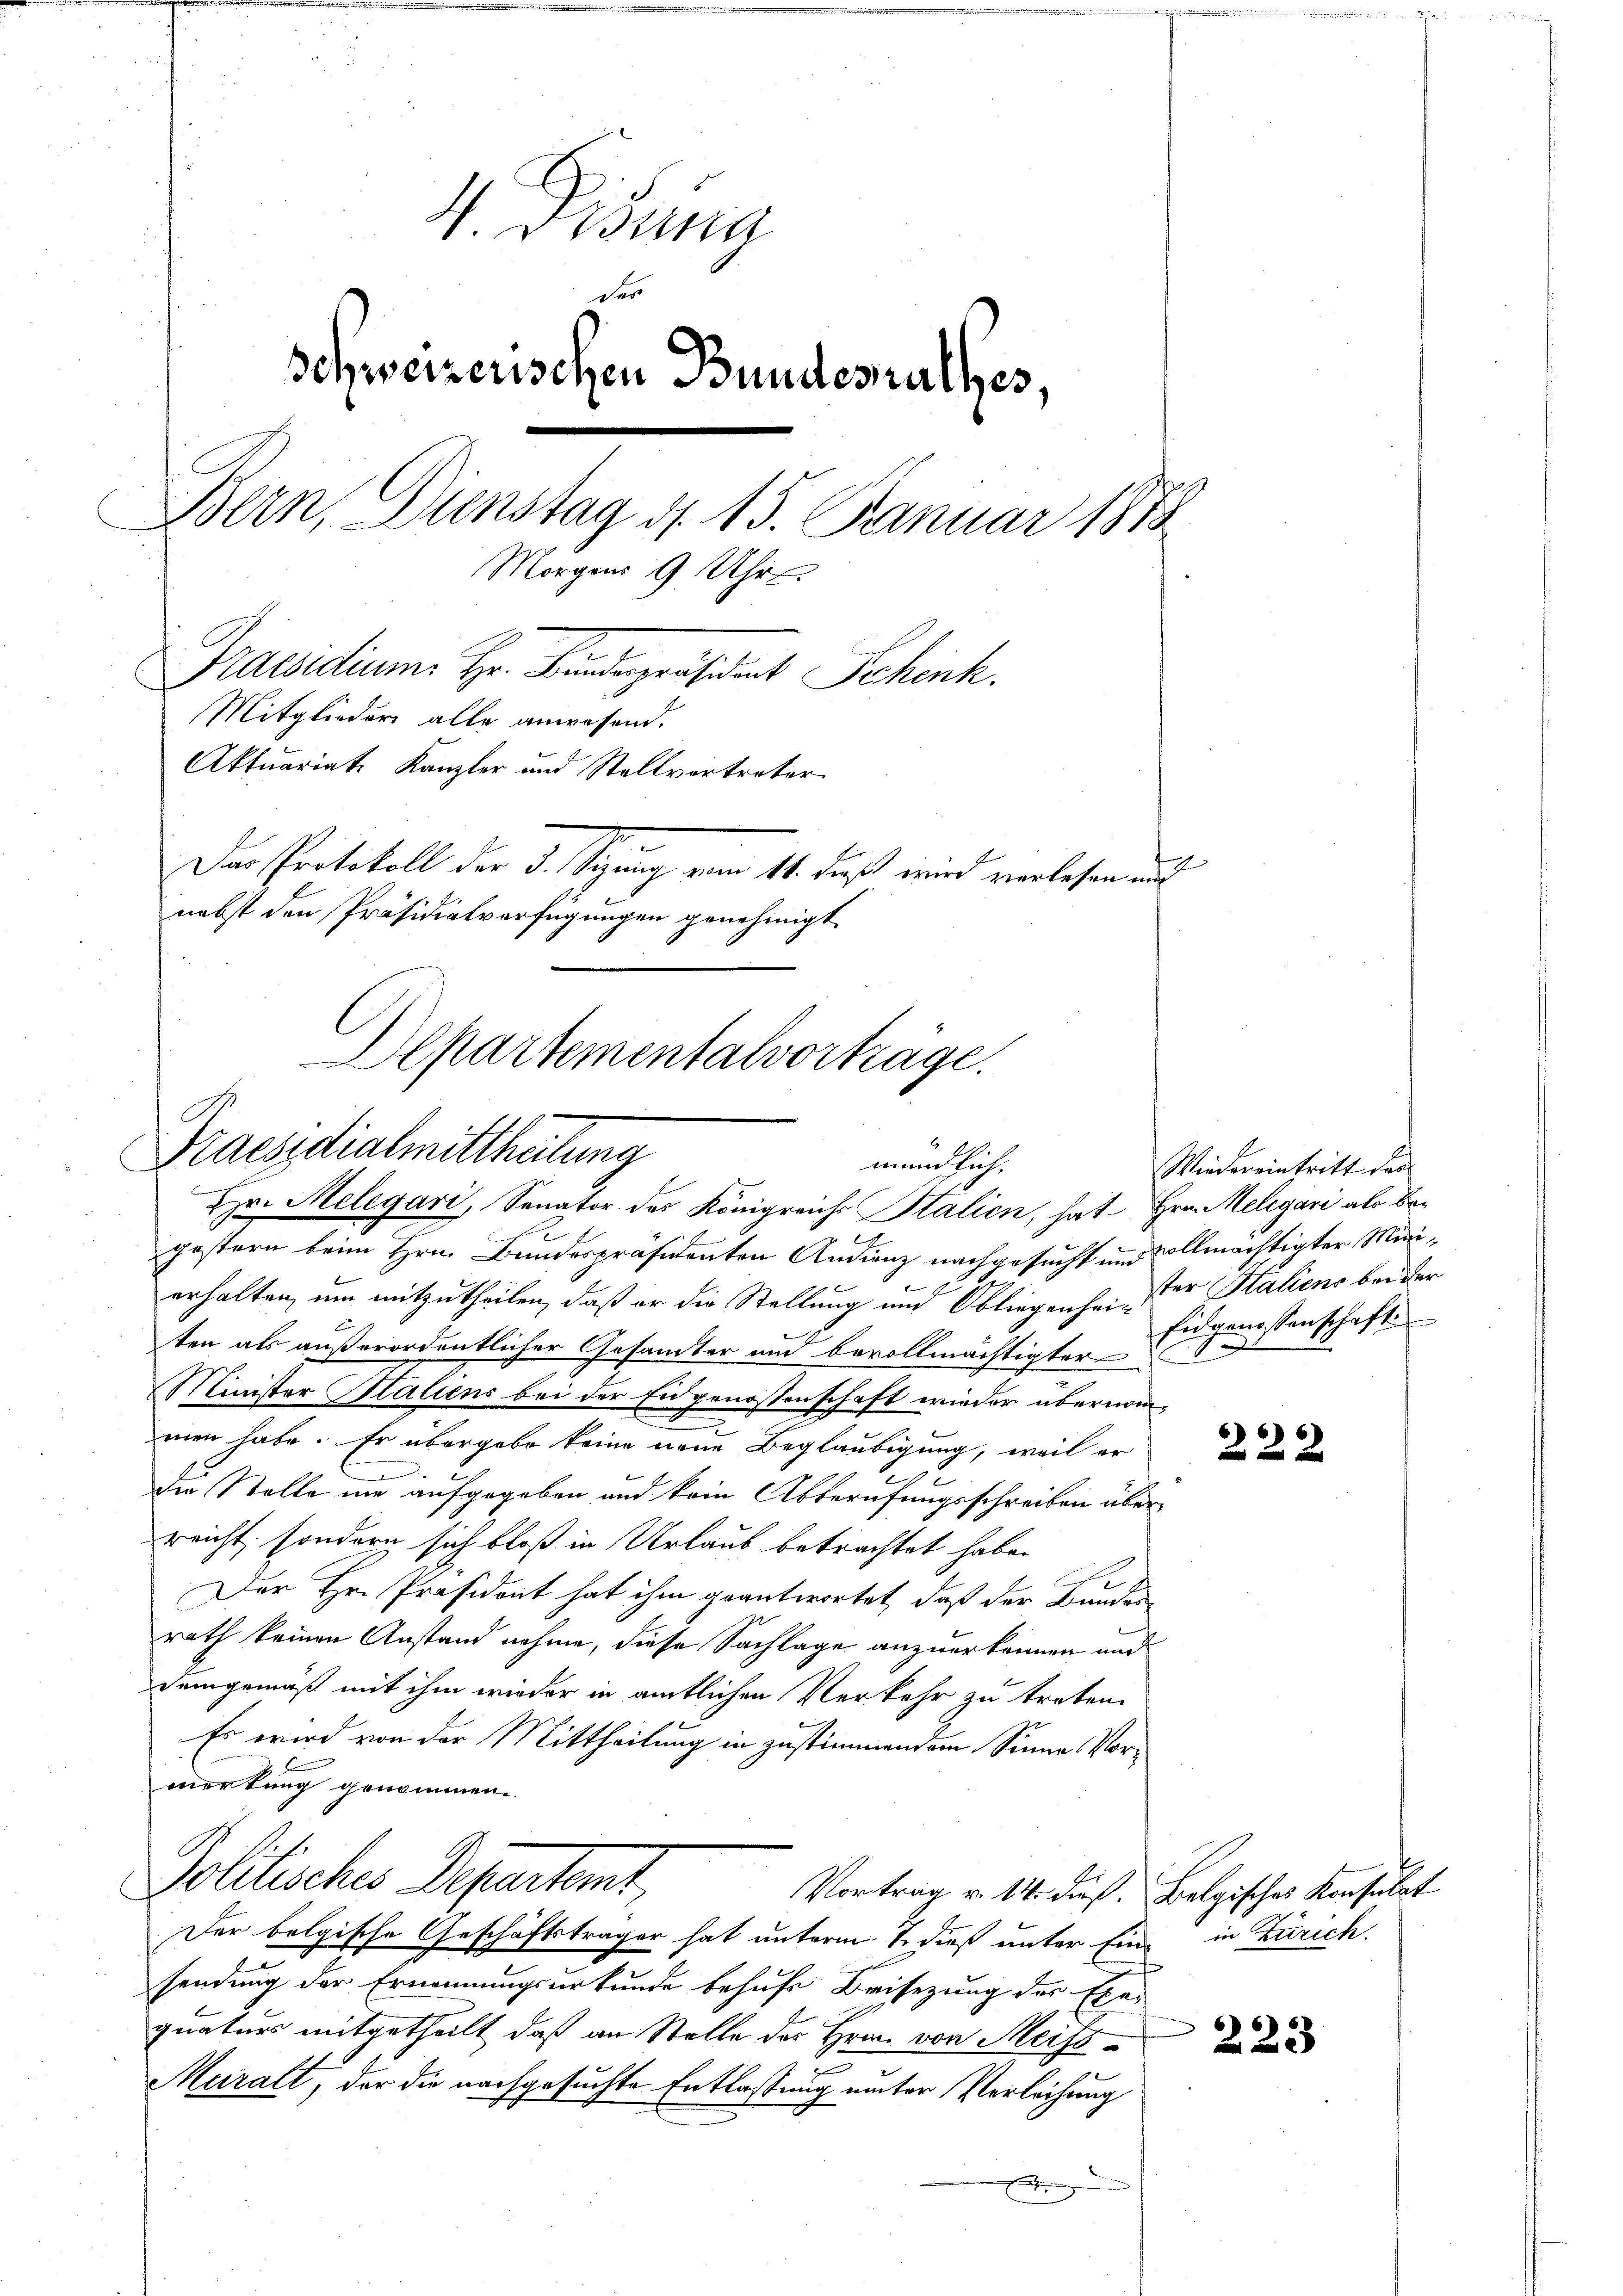
4. Disena
des
Schweizerischen Bundesrathes,
Bern, Dienstag d. 15. Januar 1878

Mo
u
9 Uhr.
Praesidium. Hr. Bundepräsident Schink
Mitglieder alle anwesend.
Aktuariat Kanzler und Stellvertreter
1
Das Protokoll der 3. Sitzung vom 14. Fuß wird verlesen und
nebst den Präsidialverfügungen genehmigt.
Alpartementalvorträge.

Praesidialmittheilung

gestern beim Hrn. Bundespräsidenten Andienz nachgesucht und vollmächtigter Minierhalten, um mitzutheilen, daß er die Stellung und Obliegenheiter Staliens bei der
ten als außerordentlicher Gesamter und bevollmächtigter
Minister Staliens bei der Eidgenossenschaft wieder übernomn
men habe. Er übergabe keine neue Beglaubigung, weil er
l
der Stelle nie aufgegeben und kein Abberufungsschreiben überreicht, sondern sich bloß in Urlaub betrachtet habe.
Der Hr. Präsident hat ihm geantwortet, daß der Bunden
rath keinen Anstand nehme, diese Sachlage anzuerkennen und
demgemäß mit ihm wieder in amtlichen Verkehr zu treten.
Es wird von der Mittheilung in zustimmendem Sinnes Vormerkung genommen.
Politisches Departant,
Vortrag v. 14. dieß. Belgisches Konsulat
Der belgische Geschäftsträger hat unterm 7. dieß unter Einsendung der Ernennungsurkunde behufe Beisezung der Exe-
quaturs mitgetheilt, daß an Stelle des Hrnn von Meiss¬
Muralt, der die nachgesuchte Entlassung unter Verleihung
e

mündlich.
Hr. Melegari, Senator des Königreichs Stalien, hat Hrn. Meligari als be¬

Wiedereintritt des
Eidgenossenschaft

222

in Zürich.

223